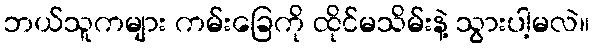
ဘယ်သူကများ ကမ်းခြေကို ထိုင်မသိမ်းနဲ့ သွားပါ့မလဲ။